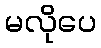
မလိုပေ